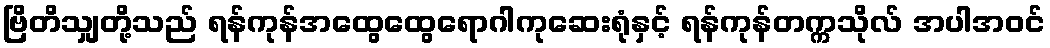
ဗြိတိသျှတို့သည် ရန်ကုန်အထွေထွေရောဂါကုဆေးရုံနှင့် ရန်ကုန်တက္ကသိုလ် အပါအဝင်